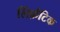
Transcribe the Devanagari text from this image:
लिंफ़ैटिक